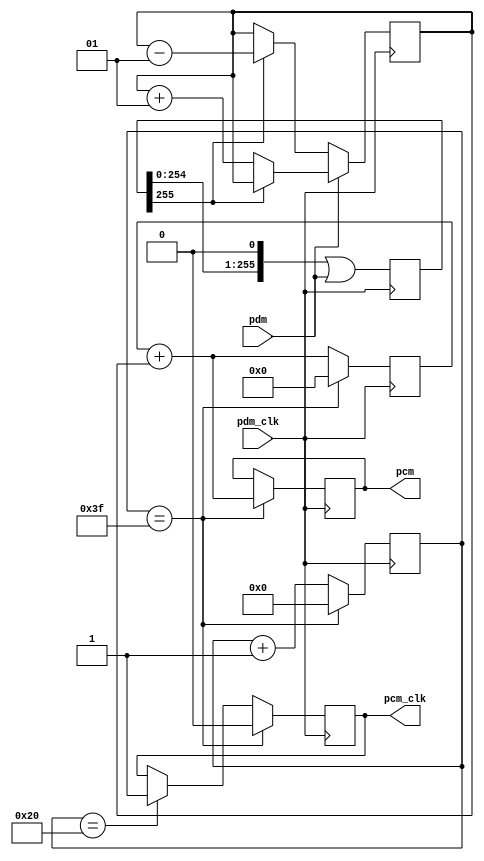
module PDM_to_PCM (

	// Inputs
	pdm_clk,
	pdm,

	// Outputs
	pcm_clk,
	pcm

);


	input											pdm_clk;
	input											pdm;

	output reg									pcm_clk;
	output reg signed [15:0]				pcm;

	reg					[6:0]					decimation_counter;

	reg signed			[15:0]				average;
	reg signed			[15:0]				sample_sum;

	reg 					[FILTER_LEN-1:0]	filter_bank;

	localparam FILTER_LEN  = 256;
	localparam FILTER_HALF = -128;
	localparam DECIMATION  = 64;

	initial
	begin

		filter_bank <= 0;
		average <= FILTER_HALF;

	end
	
	always @(posedge pdm_clk)
	begin

		// Shift in new sample
		filter_bank <= (filter_bank << 1 ) | pdm;

		// Adjust counter
		//average <= average + pdm - filter_bank[FILTER_LEN-1];
		
		if(pdm)
		begin
			if(filter_bank[FILTER_LEN-1])
			begin
				average <= average;
			end
			else
			begin
				average <= average + 1;

			end
		end
		else
		begin
			if(filter_bank[FILTER_LEN-1])
			begin
				average <= average - 1;
			end
			else
			begin
				average <= average;

			end
		end

		if(decimation_counter == (DECIMATION - 1))
		begin

			pcm_clk <= 0;
		
			pcm <= (sample_sum + average);// >> 6;

			decimation_counter <= 0;
			sample_sum <= 0;

		end
		else
		begin

			if(decimation_counter == 32)
			begin
				pcm_clk <= 1;
			end

			decimation_counter <= decimation_counter + 1;
			sample_sum <= sample_sum + average;
			
		end
	
	end

endmodule